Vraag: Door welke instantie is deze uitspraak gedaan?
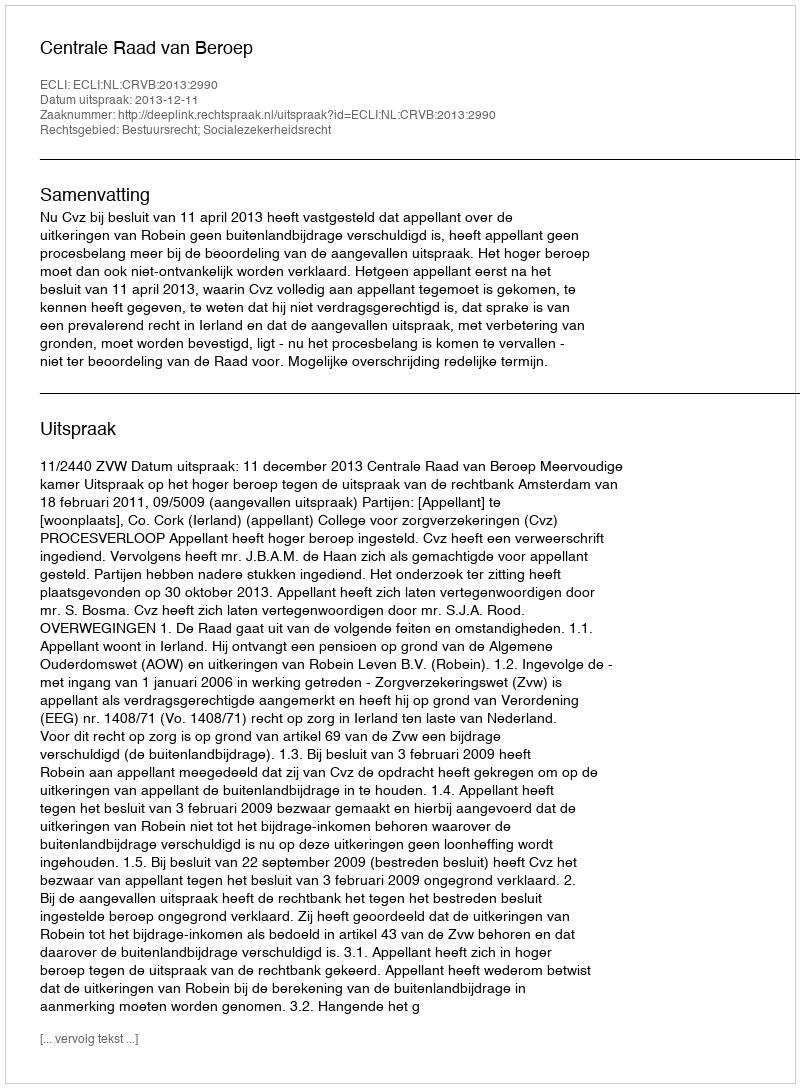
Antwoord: Centrale Raad van Beroep